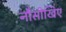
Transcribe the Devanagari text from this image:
नौसीखिए